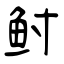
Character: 鲋